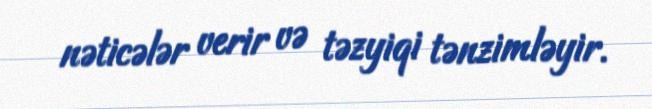
nəticələr verir və təzyiqi tənzimləyir.